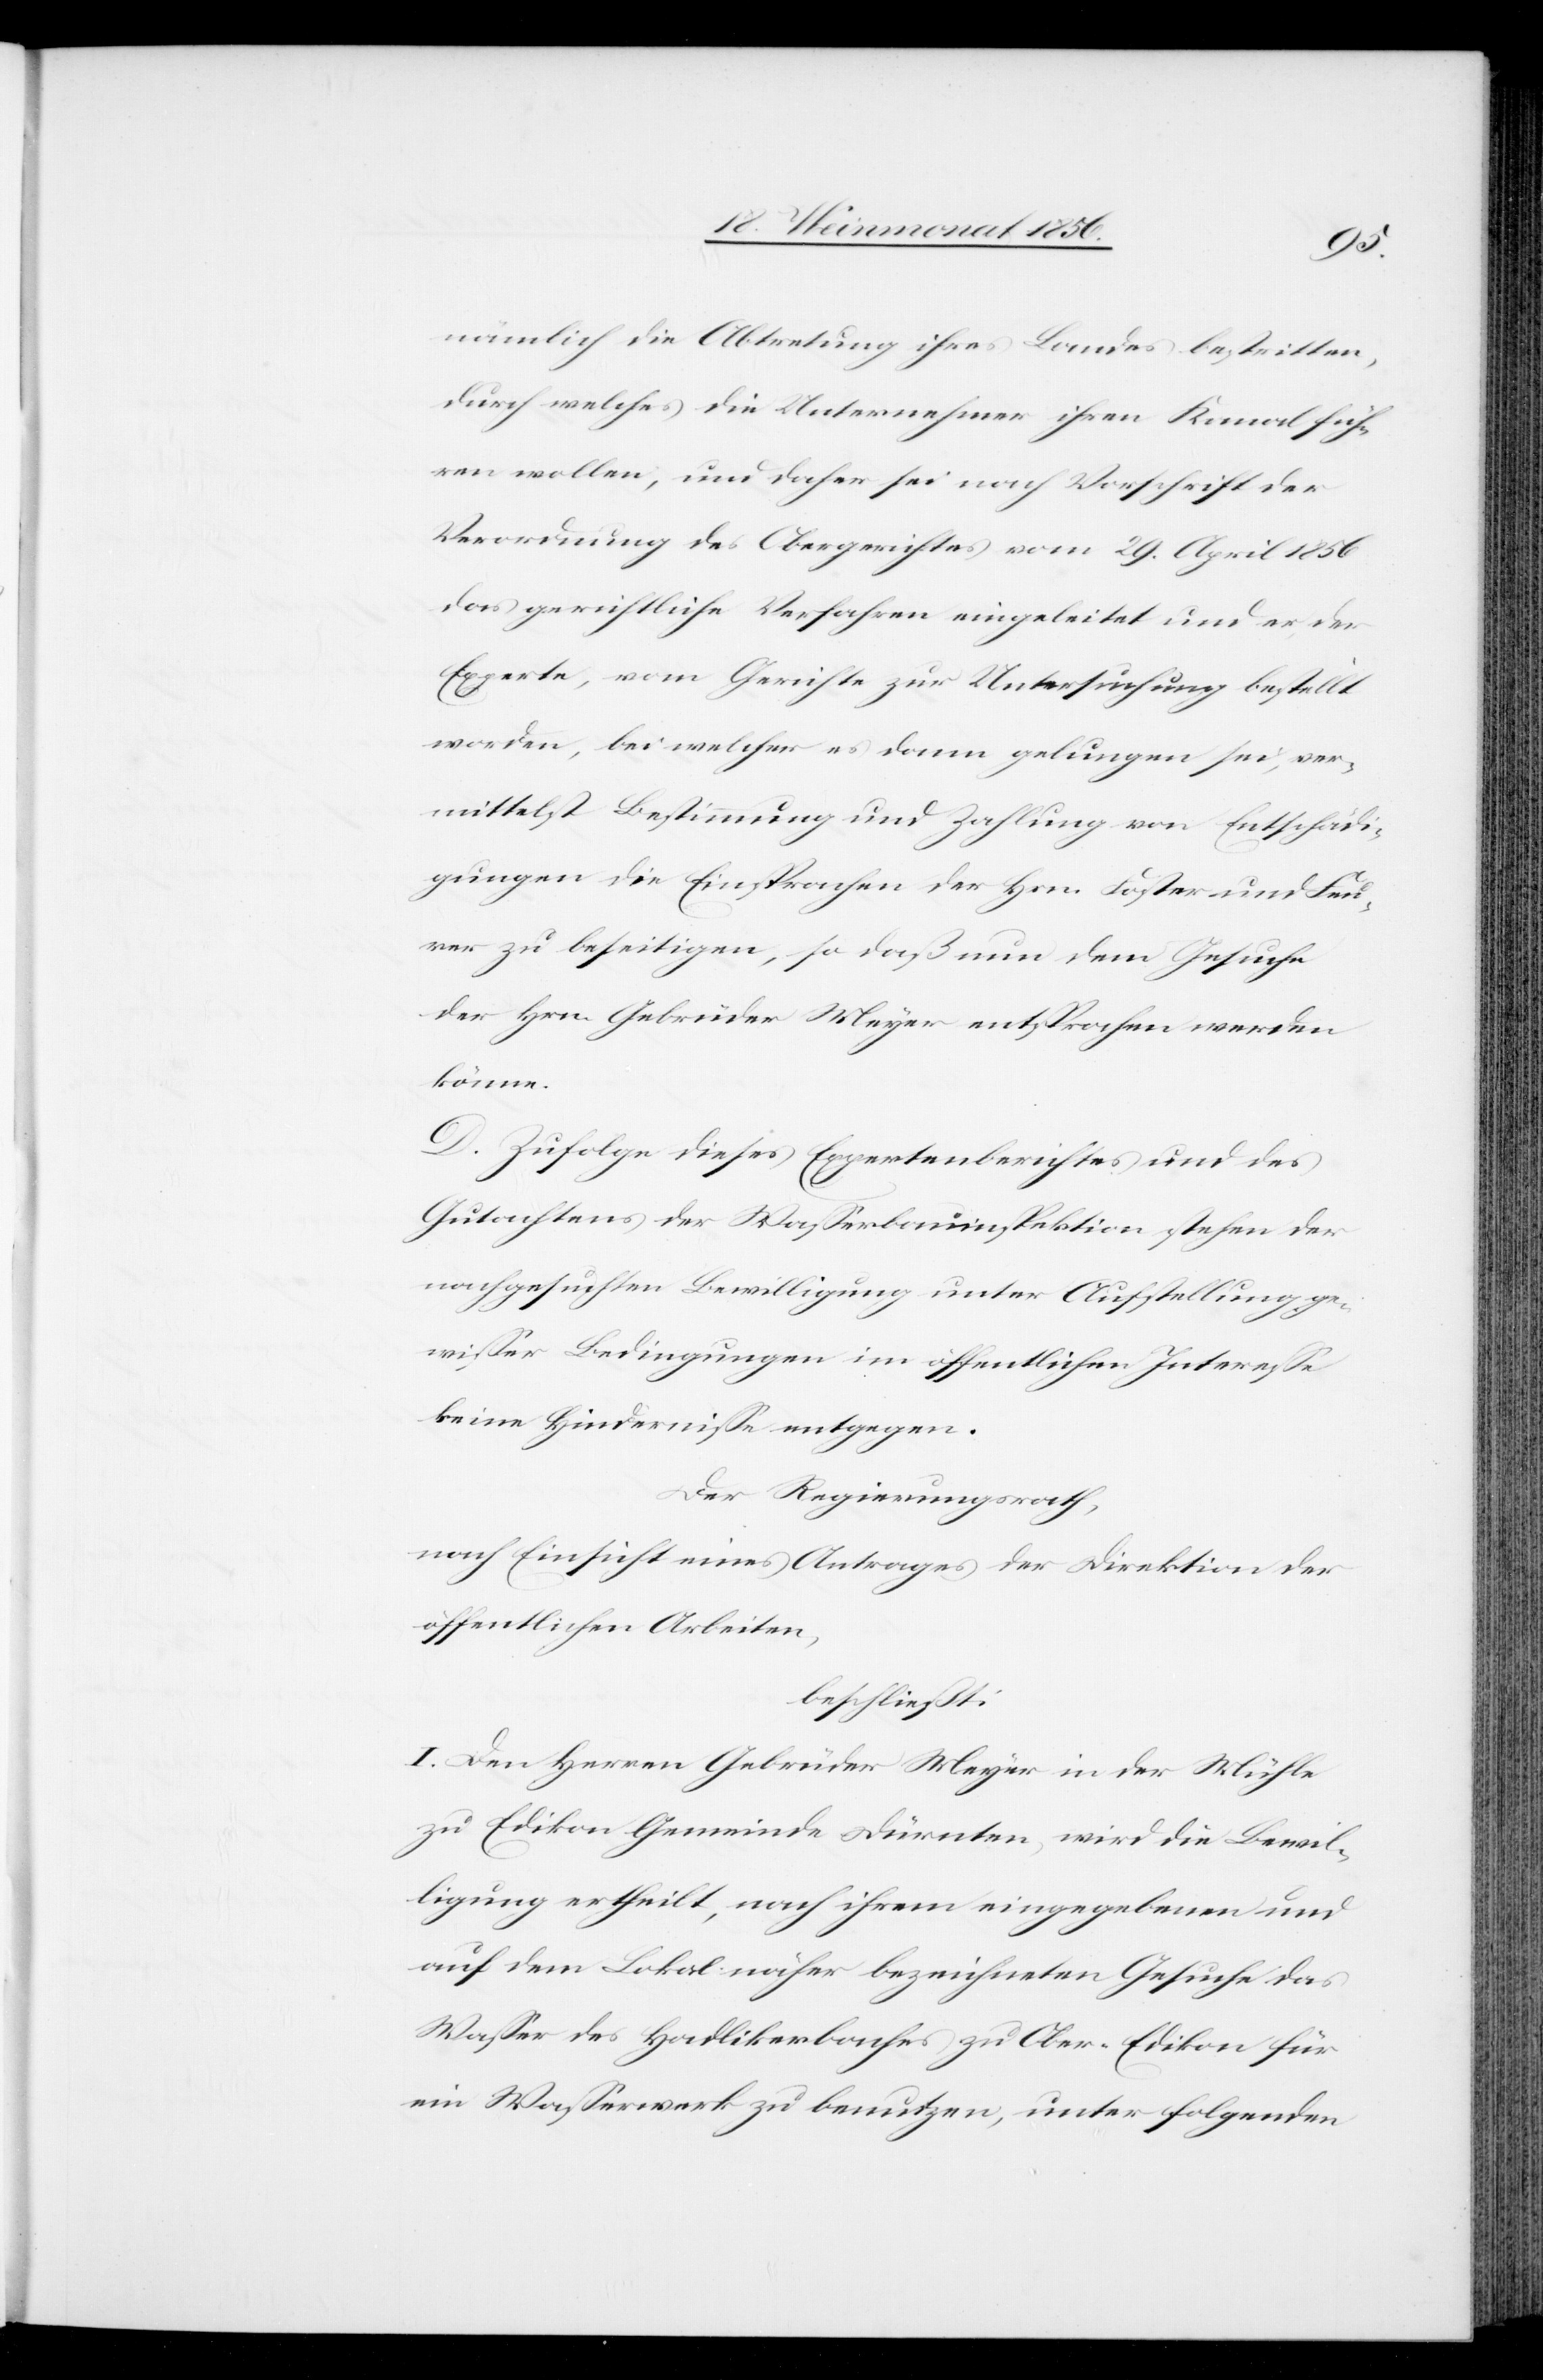
nämlich die Abtretung ihres Landes bestritten,
durch welches die Unternehmer ihren Kanal füh¬
ren wollen, und daher sei nach Vorschrift der
Verordnung des Obergerichtes vom 29. April 1856
das gerichtliche Verfahren eingeleitet und er der
Experte, vom Gerichte zur Untersuchung bestellt
worden, bei welcher es dann gelungen sei, ver¬
mittelst Bestimmung und Zahlung von Entschädi¬
gungen die Einsprachen der Hrn. Foster und Feu¬
rer zu beseitigen, so daß nun dem Gesuche
der Hrn. Gebrüder Meyer entsprochen werden
könne.
D. Zufolge dieses Expertenberichtes und des
Gutachtens der Wasserbauinspektion stehen der
nachgesuchten Bewilligung unter Aufstellung ge¬
wisser Bedingungen im öffentlichen Interesse
keine Hindernisse entgegen.
Der Regierungsrath,
nach Einsicht eines Antrages der Direktion der
öffentlichen Arbeiten,
beschließt:
I. Den Herren Gebrüder Meyer in der Mühle
zu Edikon Gemeinde Dürnten, wird die Bewil¬
ligung ertheilt, nach ihrem eingegebenen und
auf dem Lokal näher bezeichneten Gesuche das
Wasser des Hadlikerbaches zu Ober-Edikon für
ein Wasserrecht zu benutzen, unter folgenden